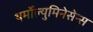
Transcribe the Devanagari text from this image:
थर्मोल्युमिनेसेन्स